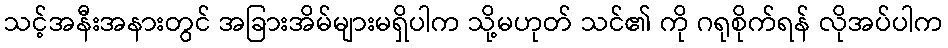
သင့်အနီးအနားတွင် အခြားအိမ်များမရှိပါက သို့မဟုတ် သင်၏ ကို ဂရုစိုက်ရန် လိုအပ်ပါက